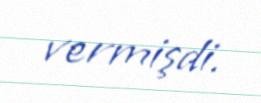
vermişdi.